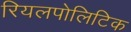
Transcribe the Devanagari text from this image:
रियलपोलिटिक